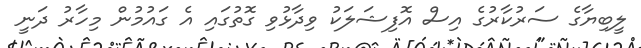
ލީބިޔާގެ ސަރުކާރުގެ އިސް އޮފިޝަލަކު ވިދާޅުވި ގޮތުގައި އެ ގައުމުން މިހާރު ދަނީ